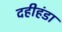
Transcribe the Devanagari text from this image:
दहीहंडा